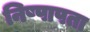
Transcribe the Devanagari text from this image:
निष्पापता